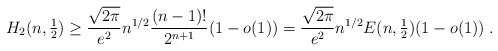
\begin{align*}H_2(n,{\textstyle \frac{1}{2}}) \ge \frac{\sqrt{2\pi}}{e^2}n^{1/2} \frac{(n-1)!}{2^{n+1}}(1-o(1)) =\frac{\sqrt{2\pi}}{e^2}n^{1/2} E(n,{\textstyle \frac{1}{2}})(1-o(1))\;.\end{align*}